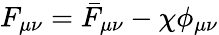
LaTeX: F_{\mu\nu}=\bar{F}_{\mu\nu}-\chi\phi_{\mu\nu}